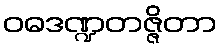
ဝဓဒဏ္ဍတဇ္ဇိတာ